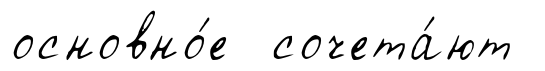
основно́е сочета́ют